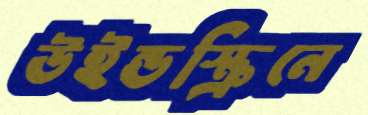
উইন্ডস্ক্রিনে